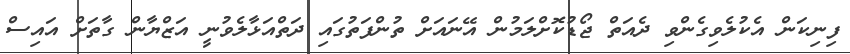
ފިނިކަން އެކުލެވިގެންވި ދެއަތް ޖޯޑުކޮށްލަމުން އޭނައަށް ތުންފަތުގައި ދަތްއަޅާލެވުނީ އަޒްޔާން ގާތަށް އައިސް